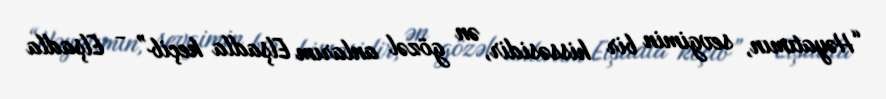
“Həyatımın, sevgimin bir hissəsidir, ən gözəl anlarım Elşadla keçib” - Elşadla